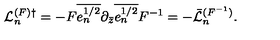
{ \cal L } _ { n } ^ { ( F ) \dagger } = - F \overline { { e _ { n } ^ { 1 / 2 } } } \partial _ { \bar { z } } \overline { { e _ { n } ^ { 1 / 2 } } } F ^ { - 1 } = - \bar { \cal L } _ { n } ^ { ( F ^ { - 1 } ) } .